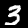
Digit: 3